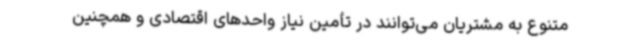
متنوع به مشتریان می‌توانند در تأمین نیاز واحدهای اقتصادی و همچنین